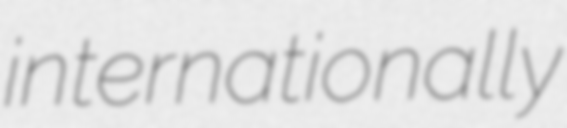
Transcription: internationally